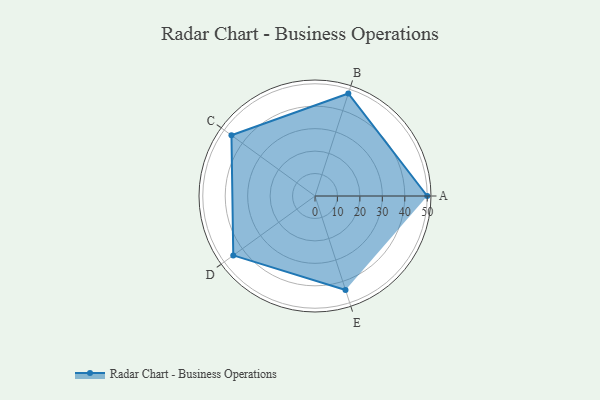
{"axis": {"x": "Skill", "y": "Score"}, "legend": ["Profile"], "data": [{"x": "A", "y": 50.0, "type": "Profile"}, {"x": "B", "y": 48.0, "type": "Profile"}, {"x": "C", "y": 46.0, "type": "Profile"}, {"x": "D", "y": 45.0, "type": "Profile"}, {"x": "E", "y": 44.0, "type": "Profile"}]}